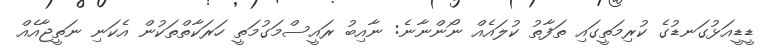
ޑީޑީއަޅުގަނޑުގެ ކުރިމަތީގައި ތަފާތު ކުލައެއް ނޯންނާނެ: ނާއިބު ރައީސްމަގުމަތީ ހަރަކާތްތަކުން އެކަނި ނަތީޖާއެއް